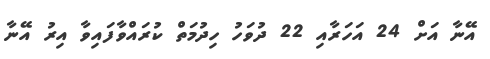
އޭނާ އަށް 24 އަހަރާއި 22 ދުވަހު ހިދުމަތް ކުރައްވާފައިވާ އިރު އޭނާ